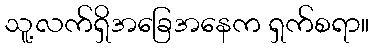
သူ့လက်ရှိအခြေအနေက ရှက်စရာ။